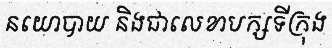
នយោបាយ និងជាលេខាបក្សទីក្រុង